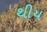
થીય